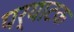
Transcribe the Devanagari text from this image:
पर्याटक